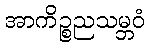
အာကိဉ္စညသမ္ဘဝံ